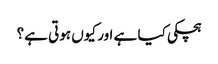
ہچکی کیا ہے اور کیوں ہوتی ہے؟